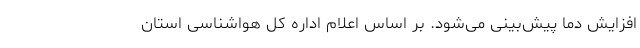
افزایش دما پیش‌بینی می‌شود. بر اساس اعلام اداره کل هواشناسی استان